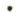
.